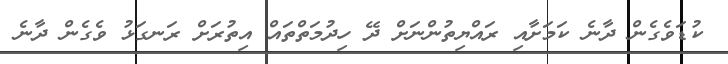
ކުޑަވެގެން ދާނެ ކަމަށާއި ރައްޔިތުންނަށް ދޭ ހިދުމަތްތައް އިތުރަށް ރަނގަޅު ވެގެން ދާނެ